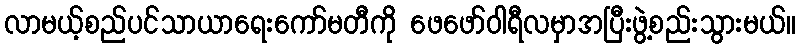
လာမယ့်စည်ပင်သာယာရေးကော်မတီကို ဖေဖော်ဝါရီလမှာအပြီးဖွဲ့စည်းသွားမယ်။